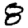
Digit: 8